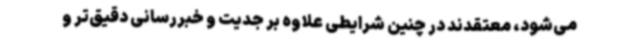
می‌شود، معتقدند در چنین شرایطی علاوه بر جدیت و خبررسانی دقیق‌تر و